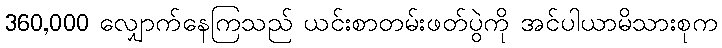
360,000 လျှောက်နေကြသည် ယင်းစာတမ်းဖတ်ပွဲကို အင်ပါယာမိသားစုက